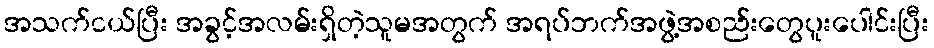
အသက်ငယ်ပြီး အခွင့်အလမ်းရှိတဲ့သူမအတွက် အရပ်ဘက်အဖွဲ့အစည်းတွေပူးပေါင်းပြီး